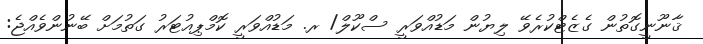
ޤާނޫނީގޮތުން ގެޒެޓްކުރެވޭ ލިޔުން މަޑުއްވަރީ ސްކޫލް/ ރ. މަޑުއްވަރީ ކޮމްޕިއުޓަރު ގަތުމަށް ބޭނުންވެއްޖެ: